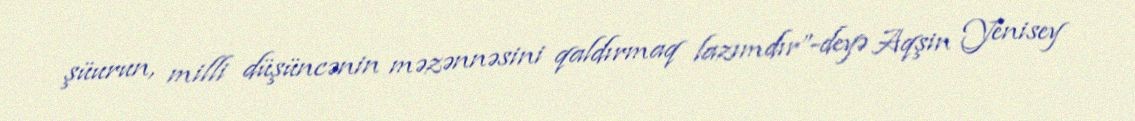
şüurun, milli düşüncənin məzənnəsini qaldırmaq lazımdır”-deyə Aqşin Yenisey